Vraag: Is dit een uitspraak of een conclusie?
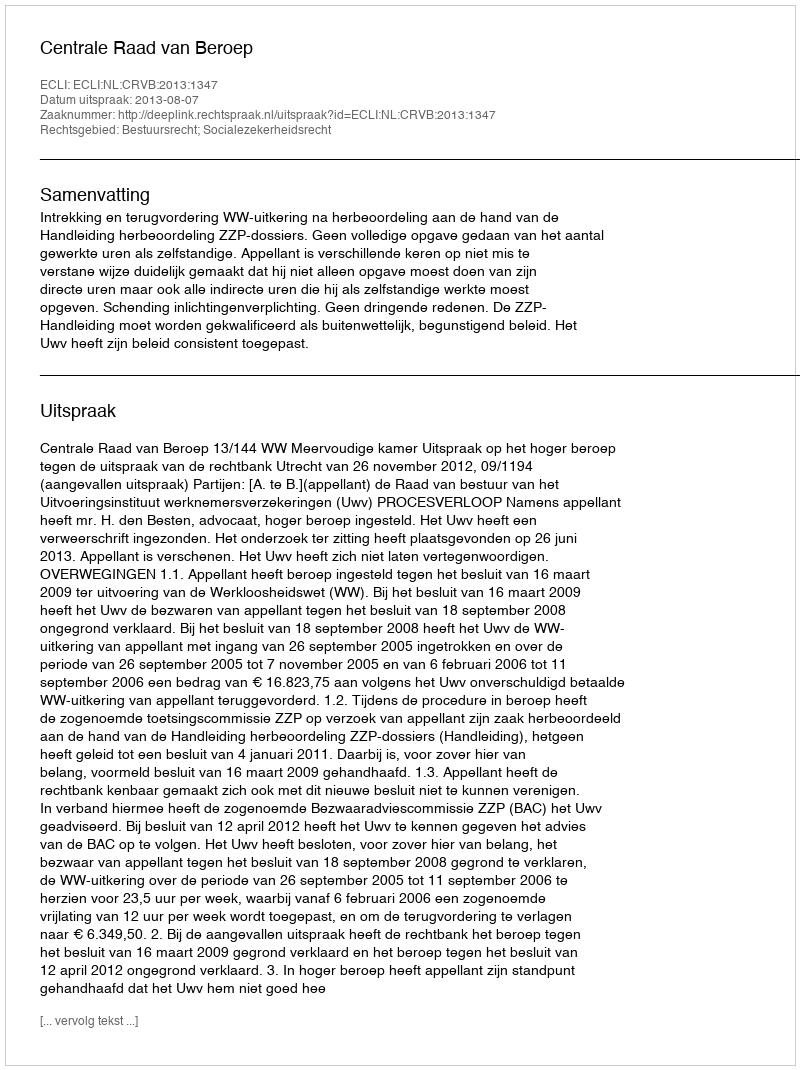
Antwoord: Uitspraak